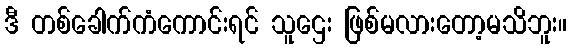
ဒီ တစ်ခေါက်ကံကောင်းရင် သူဌေး ဖြစ်မလားတော့မသိဘူး။